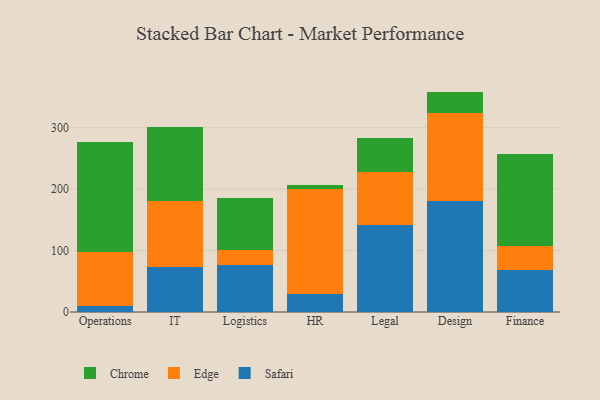
{"axis": {"x": "Department", "y": "Tickets Resolved"}, "legend": ["Chrome", "Edge", "Safari"], "data": [{"x": "Operations", "y": 10.2, "type": "Safari"}, {"x": "Operations", "y": 88.1, "type": "Edge"}, {"x": "Operations", "y": 178.8, "type": "Chrome"}, {"x": "IT", "y": 73.9, "type": "Safari"}, {"x": "IT", "y": 107.1, "type": "Edge"}, {"x": "IT", "y": 120.6, "type": "Chrome"}, {"x": "Logistics", "y": 76.7, "type": "Safari"}, {"x": "Logistics", "y": 24.9, "type": "Edge"}, {"x": "Logistics", "y": 83.2, "type": "Chrome"}, {"x": "HR", "y": 28.6, "type": "Safari"}, {"x": "HR", "y": 171.1, "type": "Edge"}, {"x": "HR", "y": 6.6, "type": "Chrome"}, {"x": "Legal", "y": 141.6, "type": "Safari"}, {"x": "Legal", "y": 85.9, "type": "Edge"}, {"x": "Legal", "y": 55.0, "type": "Chrome"}, {"x": "Design", "y": 179.8, "type": "Safari"}, {"x": "Design", "y": 143.8, "type": "Edge"}, {"x": "Design", "y": 35.0, "type": "Chrome"}, {"x": "Finance", "y": 69.1, "type": "Safari"}, {"x": "Finance", "y": 38.6, "type": "Edge"}, {"x": "Finance", "y": 149.1, "type": "Chrome"}]}